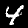
Digit: 4